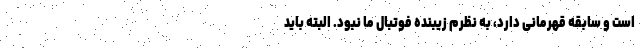
است و سابقه قهرمانی دارد، به نظرم زیبنده فوتبال ما نبود. البته باید